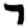
Digit: 7